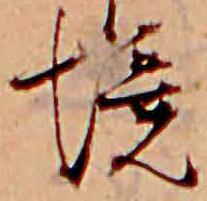
境